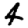
Digit: 4